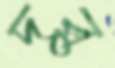
দুর